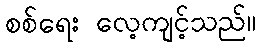
စစ်ရေး လေ့ကျင့်သည်။